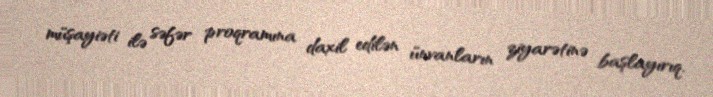
müşayiəti ilə səfər proqramına daxil edilən ünvanların ziyarətinə başlayırıq.